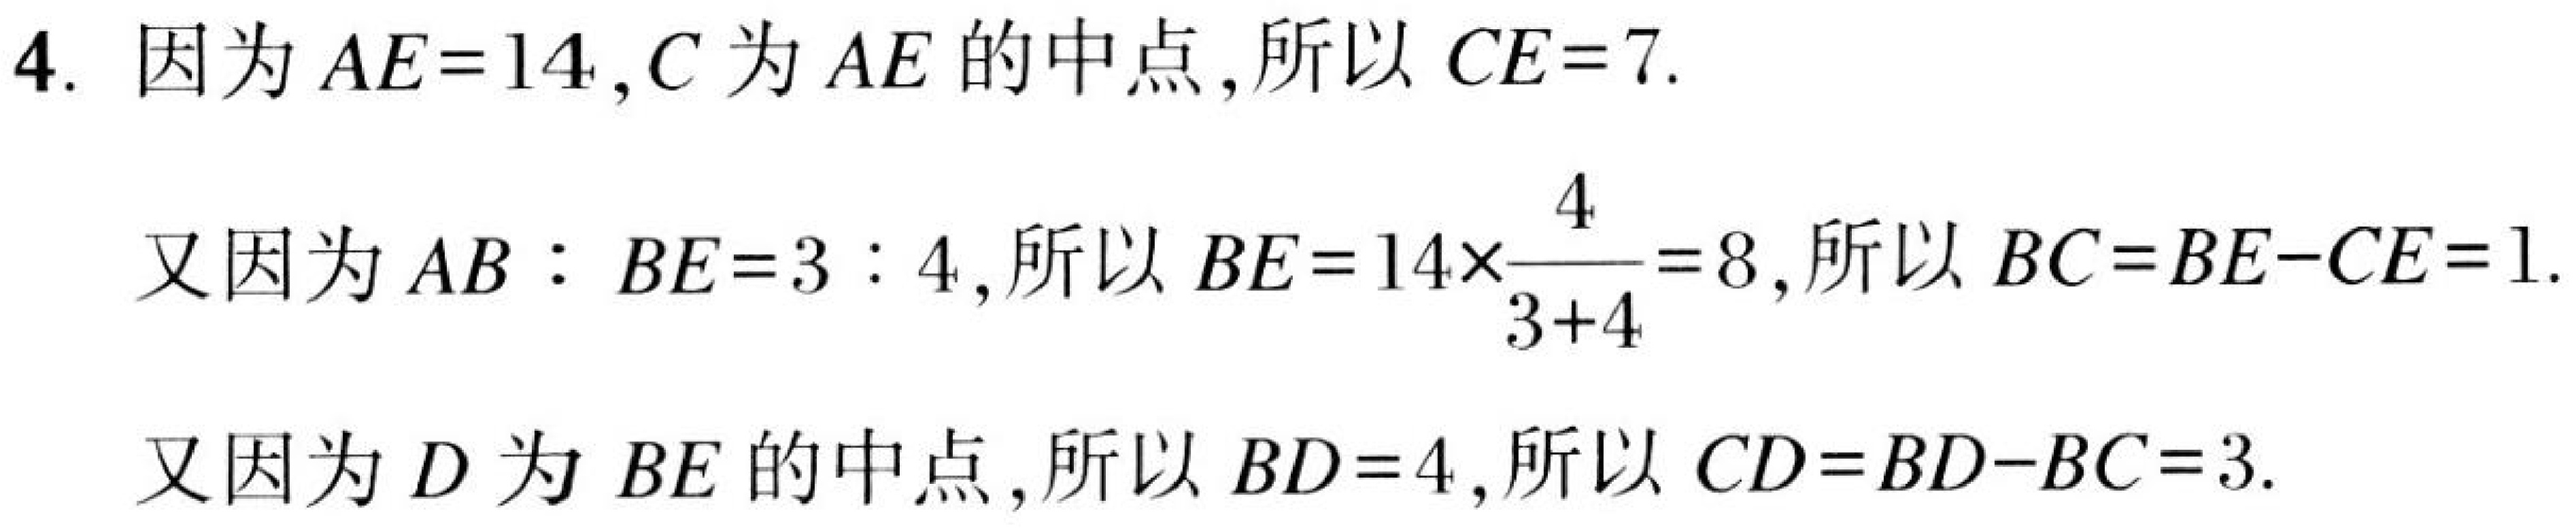
4. 因为\(AE = 14\)，\(C\)为\(AE\)的中点，所以\(CE = 7\).
又因为\(AB:BE = 3:4\)，所以\(BE = 14\times\frac{4}{3 + 4}=8\)，所以\(BC = BE - CE = 1\).
又因为\(D\)为\(BE\)的中点，所以\(BD = 4\)，所以\(CD = BD - BC = 3\).